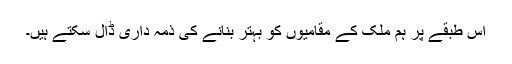
اس طبقے پر ہم ملک کے مقامیوں کو بہتر بنانے کی ذمہ داری ڈال سکتے ہیں۔